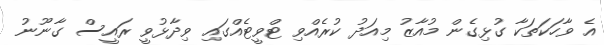
އެ ވާހަކަތަކާ ގުޅިގެން މުއާޒު މިއަދު ކުރެއްވި ޓްވީޓެއްގައި ވިދާޅުވީ ރައީސް ގާނޫނު